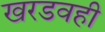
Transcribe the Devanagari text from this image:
खरडवही